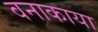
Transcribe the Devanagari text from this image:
वनाकाया